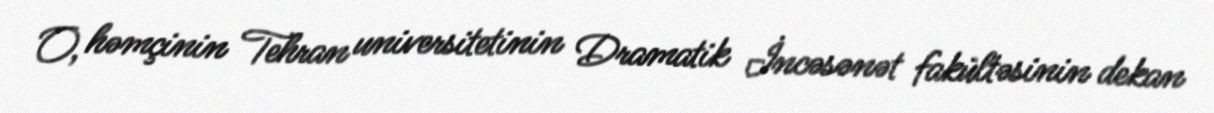
O, həmçinin Tehran universitetinin Dramatik İncəsənət fakültəsinin dekan